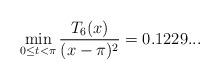
LaTeX: \begin{align*}\min_{0\leq t<\pi}\frac{T_6(x)}{(x-\pi)^2}=0.1229... \end{align*}